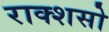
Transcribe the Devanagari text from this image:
राक्शसो